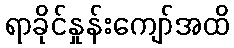
ရာခိုင်နှုန်းကျော်အထိ